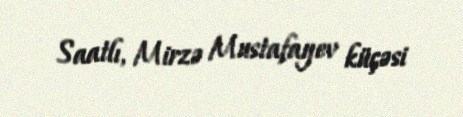
Saatlı, Mirzə Mustafayev küçəsi